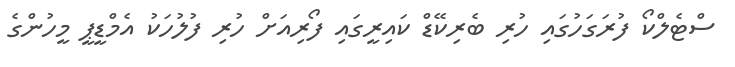
ސްޓެލްކޯ ފުރަގަހުގައި ހުރި ބެރިކޭޑް ކައިރީގައި ފޯރިއަށް ހުރި ފުލުހަކު އެމްޑީޕީ މީހުންގެ